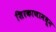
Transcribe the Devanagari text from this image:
शिरकाणामधून